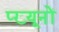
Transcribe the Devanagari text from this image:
प्ख़्यूनों